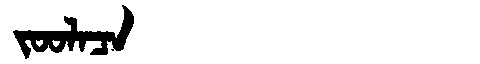
Manchu: ᠵᠣᠣᠯᠠᠴᠠ
Romanization: JOOLACA